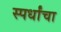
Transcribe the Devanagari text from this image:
स्पर्धांंचा